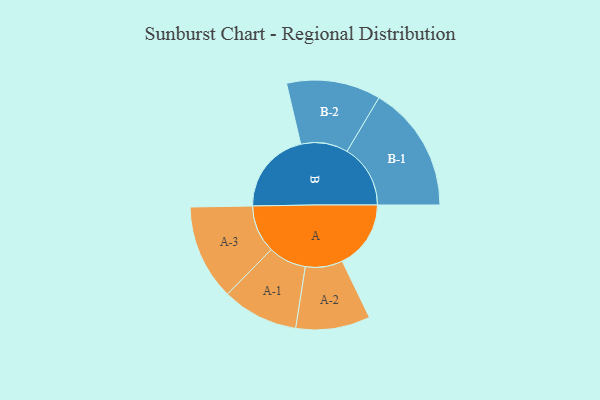
{"axis": {"x": "Segment", "y": "Value"}, "legend": ["", "A", "B"], "data": [{"x": "A", "y": 312, "type": ""}, {"x": "B", "y": 378, "type": ""}, {"x": "A-1", "y": 173, "type": "A"}, {"x": "A-2", "y": 169, "type": "A"}, {"x": "A-3", "y": 217, "type": "A"}, {"x": "B-1", "y": 288, "type": "B"}, {"x": "B-2", "y": 214, "type": "B"}]}